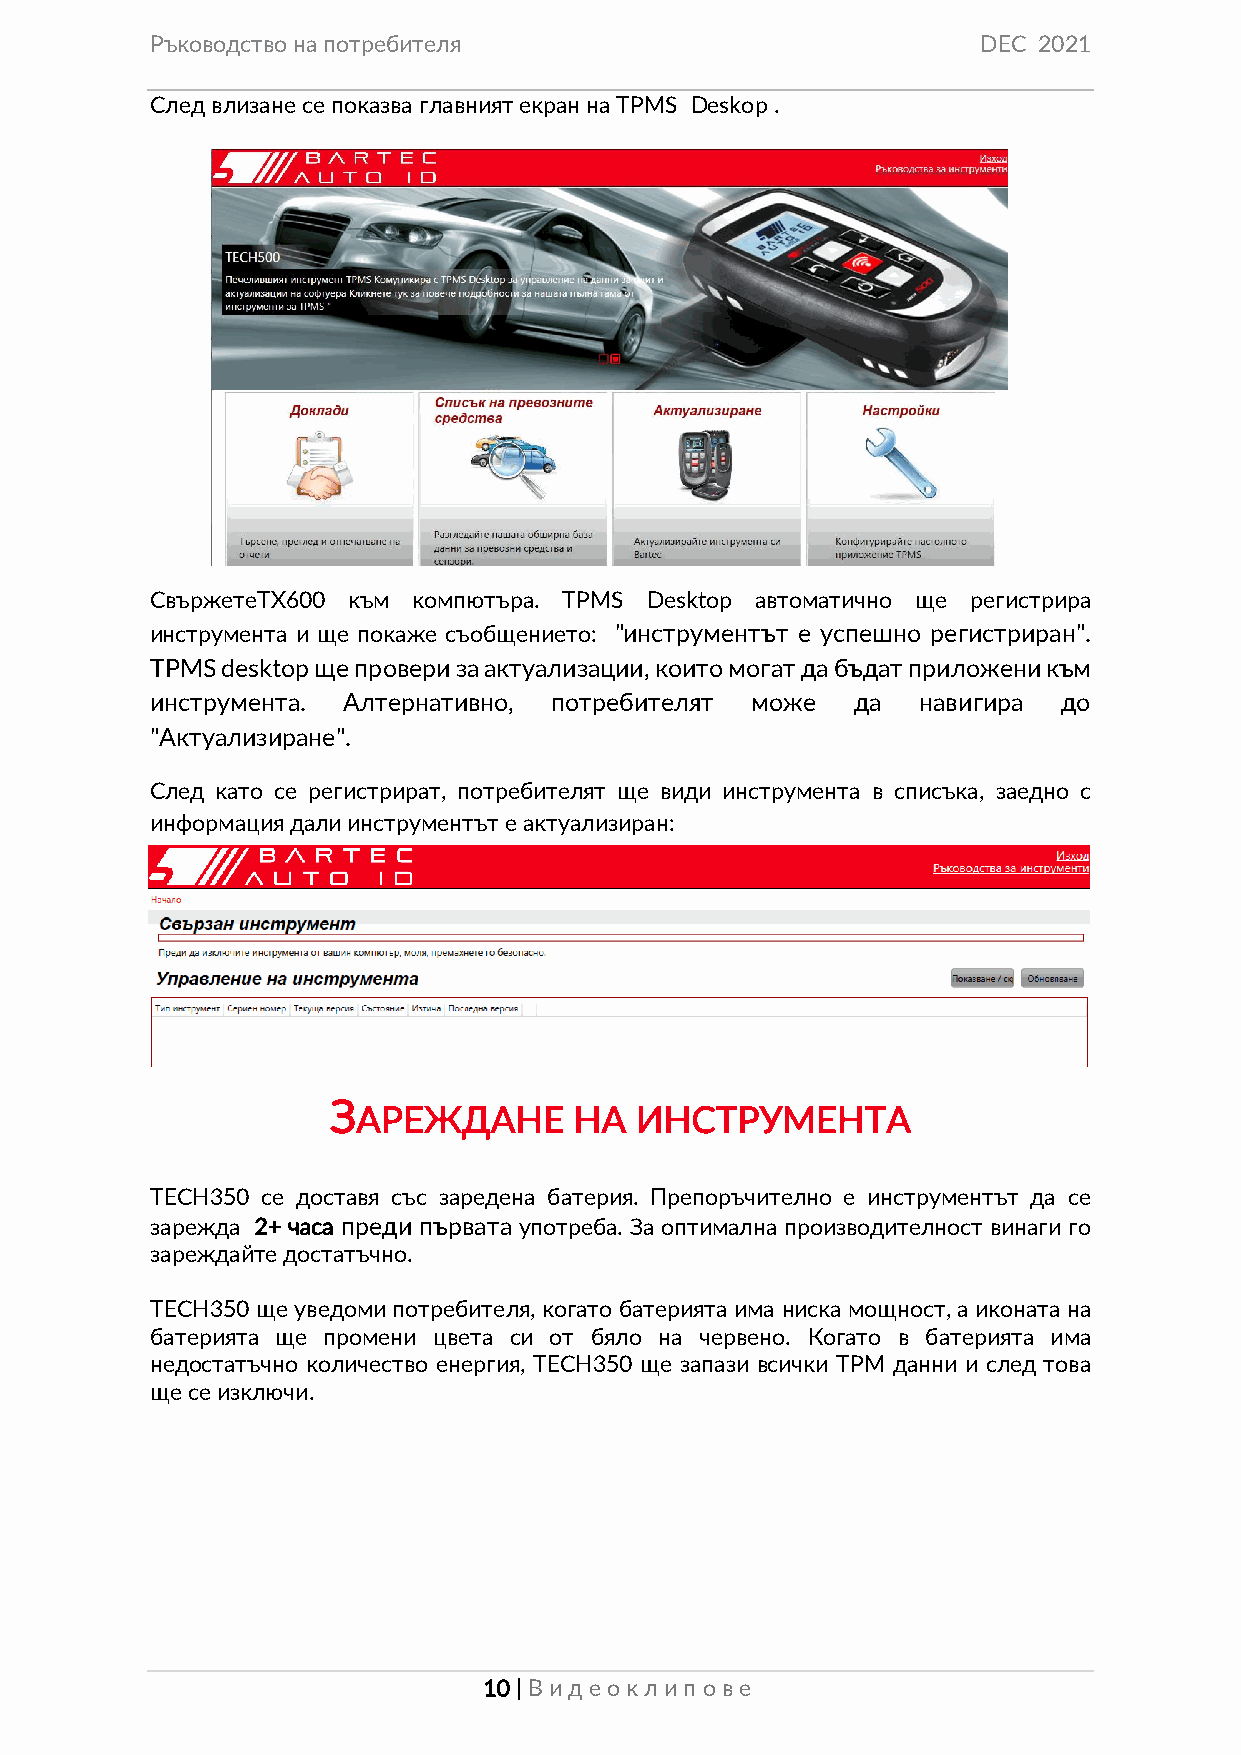
Ръководство на потребителя                             DEC 2021
 След влизане се показва главният екран на TPMS Deskop .
 СвържетеТХ600 към компютъра. TPMS Desktop автоматично ще регистрира
 инструмента и ще покаже съобщението: "инструментът е успешно регистриран".
 TPMS desktop ще провери за актуализации, които могат да бъдат приложени към
 инструмента. Алтернативно, потребителят може  да   навигира до
 "Актуализиране".
 След като се регистрират, потребителят ще види инструмента в списъка, заедно с
 информация дали инструментът е актуализиран:
 З
 АРЕЖДАНЕ      НА  ИНСТРУМЕНТА
 TECH350 се доставя със заредена батерия. Препоръчително е инструментът да се
 зарежда 2+ часа преди първата употреба. За оптимална производителност винаги го
 зареждайте достатъчно.
 TECH350 ще уведоми потребителя, когато батерията има ниска мощност, а иконата на
 батерията ще промени цвета си от бяло на червено. Когато в батерията има
 недостатъчно количество енергия, TECH350 ще запази всички TPM данни и след това
 ще се изключи.
 10 | Вид еок лип ове